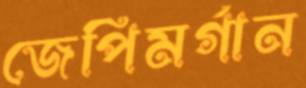
জেপিমর্গান